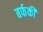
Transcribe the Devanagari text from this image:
बर्फकी